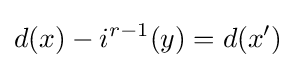
d(x)-i^{r-1}(y)=d(x')